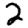
Digit: 2